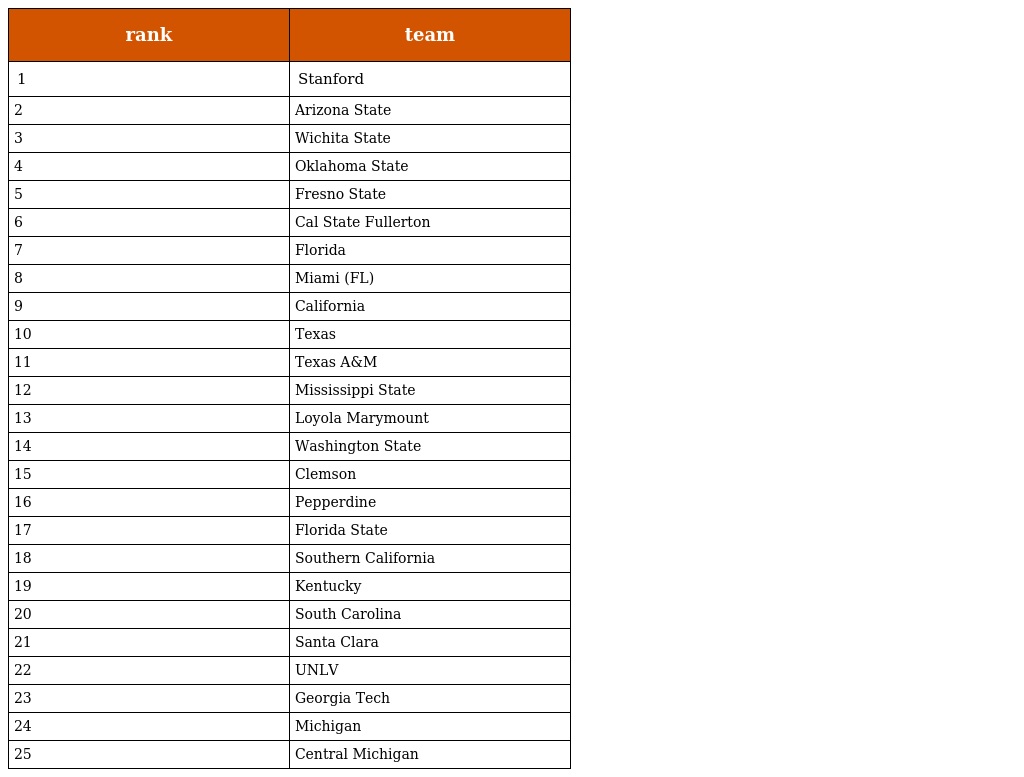
| rank | team |
 | --- | --- |
 | 1 | Stanford |
 | 2 | Arizona State |
 | 3 | Wichita State |
 | 4 | Oklahoma State |
 | 5 | Fresno State |
 | 6 | Cal State Fullerton |
 | 7 | Florida |
 | 8 | Miami (FL) |
 | 9 | California |
 | 10 | Texas |
 | 11 | Texas A&M |
 | 12 | Mississippi State |
 | 13 | Loyola Marymount |
 | 14 | Washington State |
 | 15 | Clemson |
 | 16 | Pepperdine |
 | 17 | Florida State |
 | 18 | Southern California |
 | 19 | Kentucky |
 | 20 | South Carolina |
 | 21 | Santa Clara |
 | 22 | UNLV |
 | 23 | Georgia Tech |
 | 24 | Michigan |
 | 25 | Central Michigan |